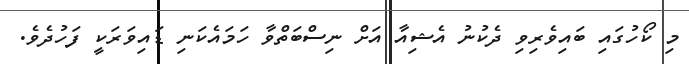
މި ކޯހުގައި ބައިވެރިވި ދެކުނު އެޝިއާ އަށް ނިސްބަތްވާ ހަމައެކަނި ޑައިވަރަކީ ފަހުދެވެ.